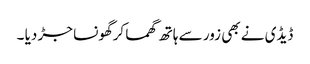
ڈیڈی نے بھی زور سے ہاتھ گھما کرگھونسا جڑ دیا ۔